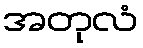
အတုလံ